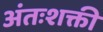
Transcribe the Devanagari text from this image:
अंतःशक्ती